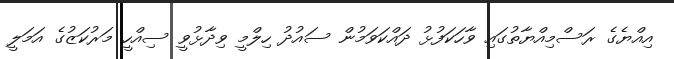
އިއްޔެގެ ރަސްމިއްޔާތުގައި ވާހަކަފުޅު ދައްކަވަމުން ސައުދު ހިލްމީ ވިދާޅުވީ ސިއްހީ މަރުކަޒުގެ އަމަލީ